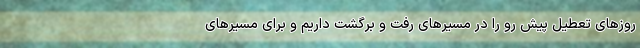
روزهای تعطیل پیش رو را در مسیرهای رفت و برگشت داریم و برای مسیرهای